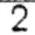
2